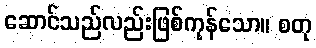
ဆောင်သည်လည်းဖြစ်ကုန်သော။ စတု